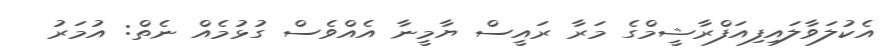
އެކުލަވާލައިފިއަފްރާޝީމްގެ މަރާ ރައީސް ޔާމީނާ އެއްވެސް ގުޅުމެއް ނެތް: އުމަރު